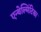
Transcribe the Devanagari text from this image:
एन्थेल्मिंटिका